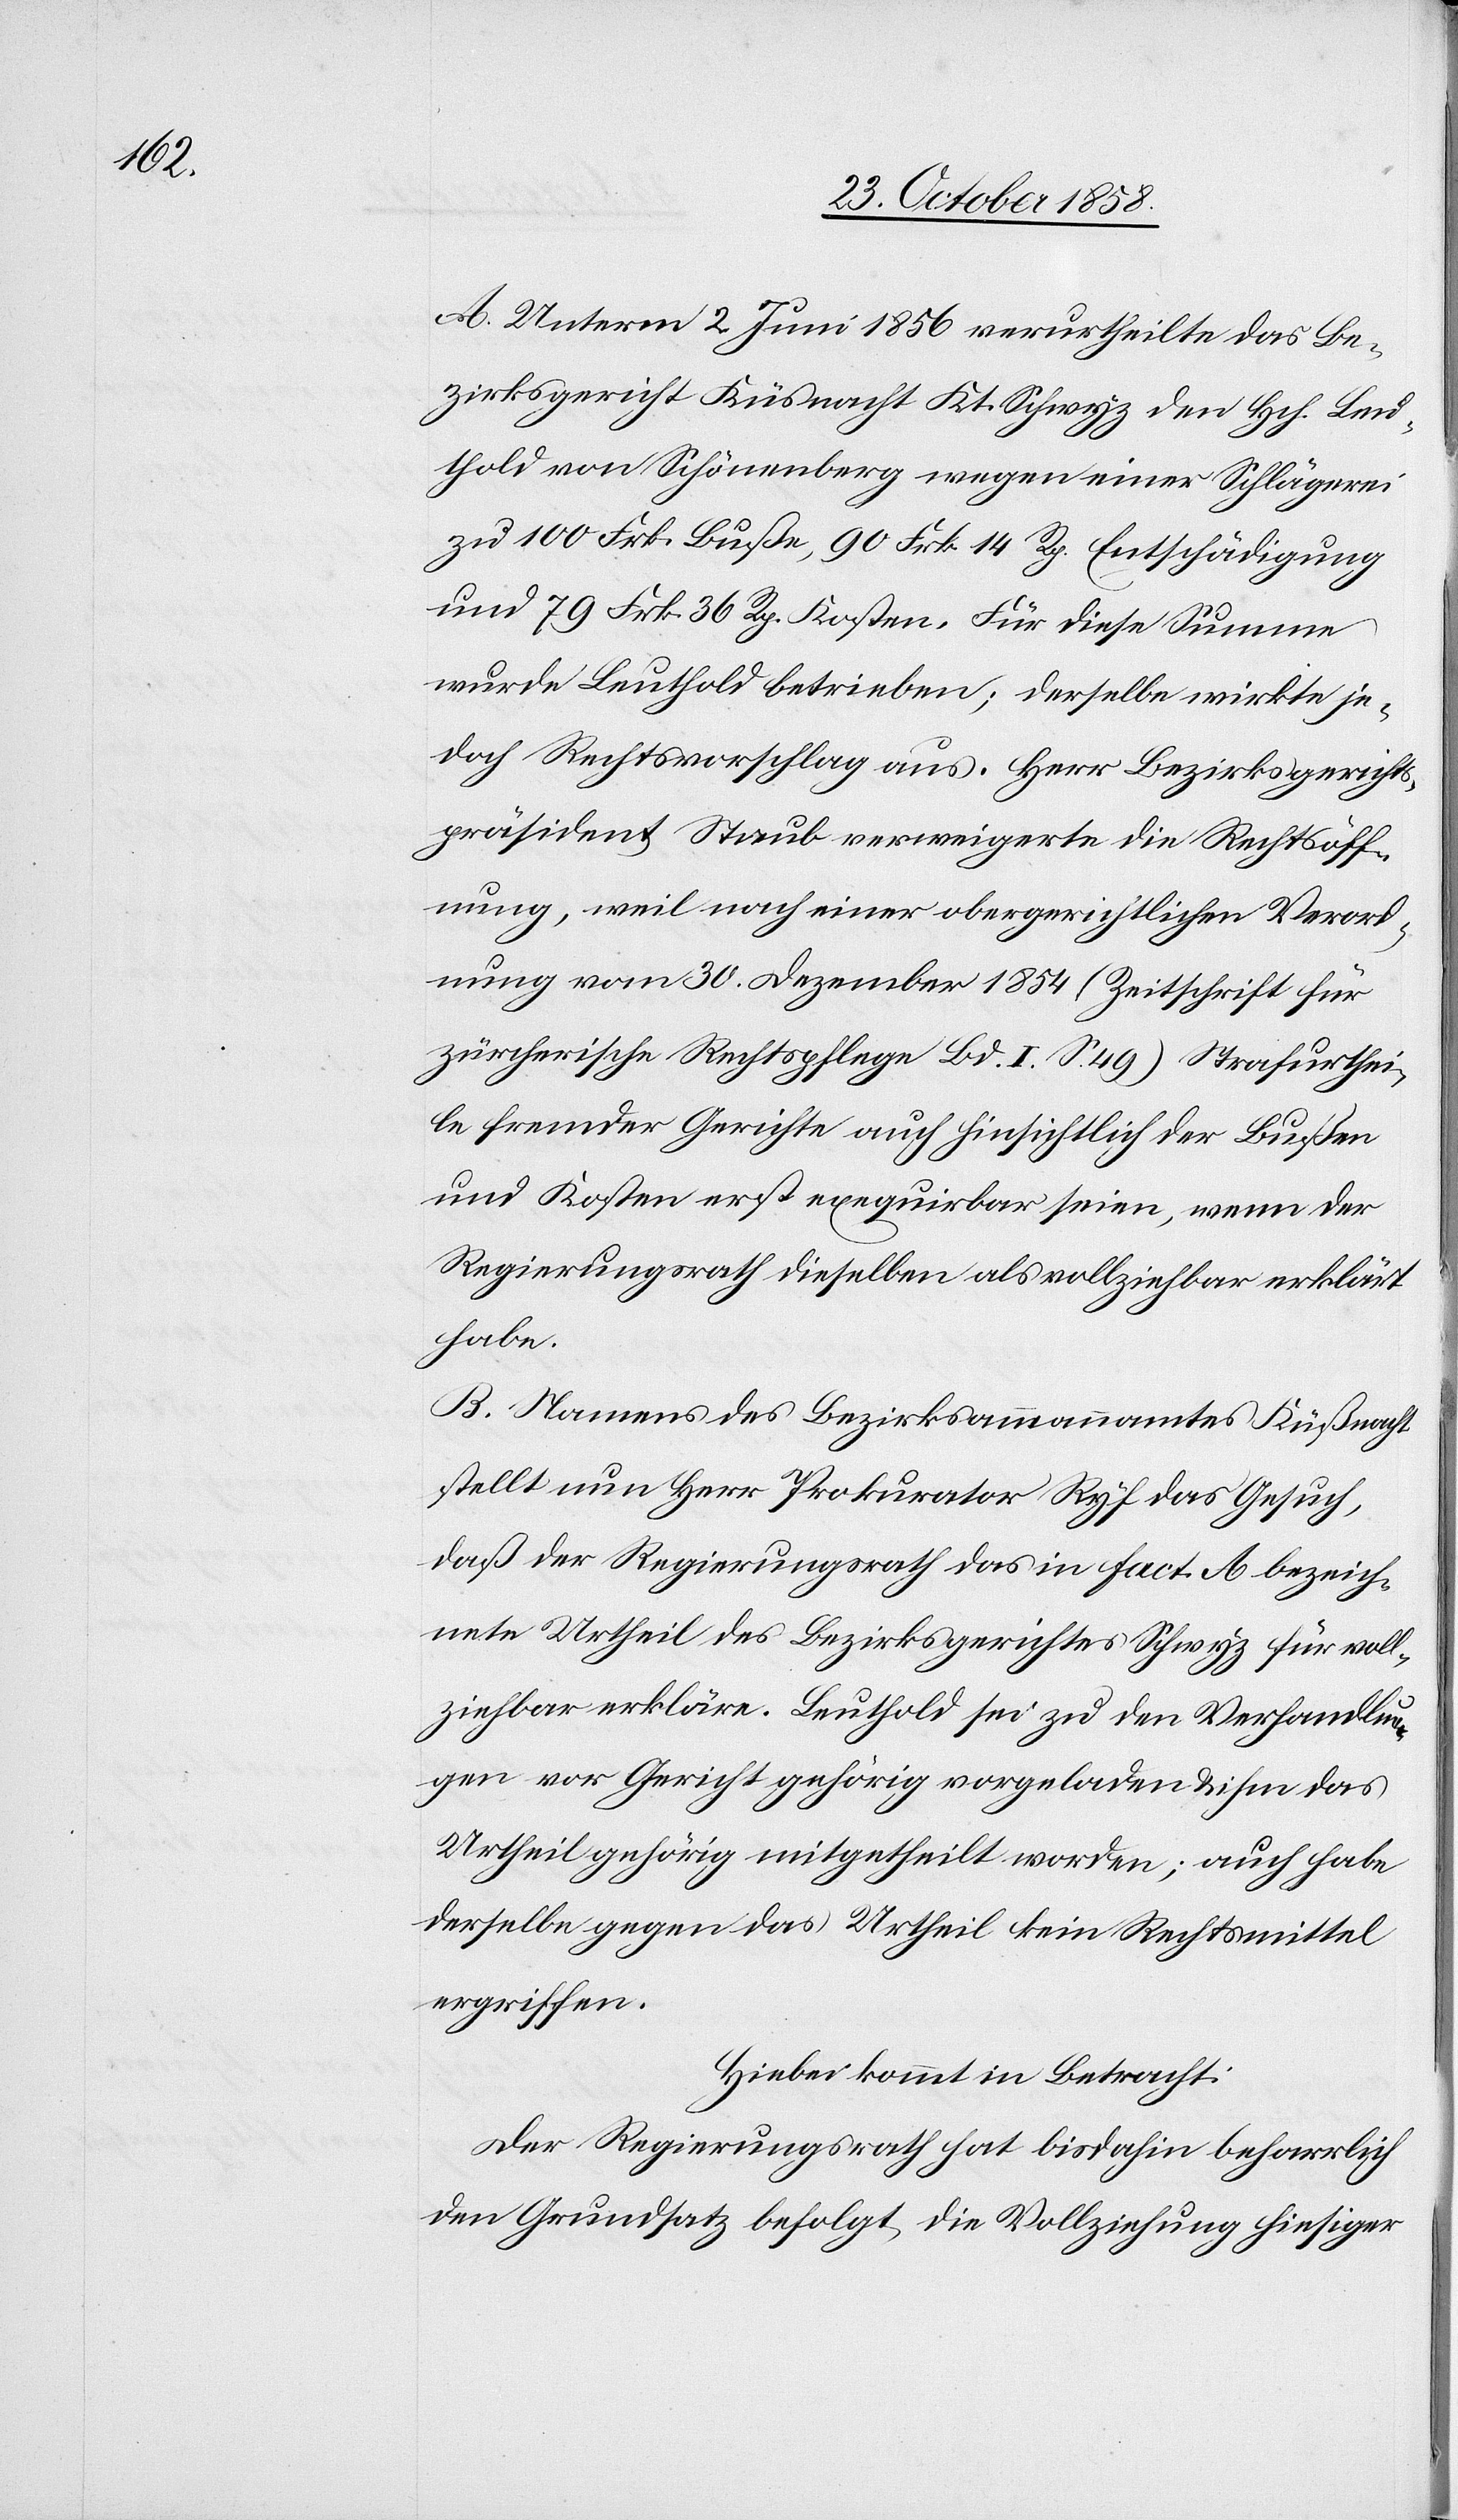
A. Unterm 2. Juni 1856 verurtheilte das Be¬
zirksgericht Küsnacht Kt. Schwyz den Hch. Leu¬
thold von Schönenberg wegen einer Schlägerei
zu 100 Frk. Buße, 90 Frk. 14 Rp. Entschädigung
und 79 Frk. 36 Rp. Kosten. Für diese Summe
wurde Leuthold betrieben; derselbe wirkte je¬
doch Rechtsvorschlag aus. Herr Bezirksgerichts¬
präsident Staub verweigerte die Rechtsöff¬
nung, weil nach einer obergerichtlichen Verord¬
nung vom 30. Dezember 1854 (Zeitschrift für
zürcherische Rechtspflege Bd. I. S. 49) Strafurthei¬
le fremder Gerichte auch hinsichtlich der Bußen
und Kosten erst exequirbar seien, wenn der
Regierungsrath dieselben als vollziehbar erklärt
habe.
B. Namens des Bezirksammannamtes Küßnacht
stellt nun Herr Prokurator Ryf das Gesuch,
daß der Regierungsrath das in Fact. A bezeich¬
nete Urtheil des Bezirksgerichtes Schwyz für voll¬
ziehbar erkläre. Leuthold sei zu den Verhandlun¬
gen vor Gericht gehörig vorgeladen & ihm das
Urtheil gehörig mitgetheilt worden; auch habe
derselbe gegen das Urtheil kein Rechtsmittel
ergriffen.
Hiebei kommt in Betracht:
Der Regierungsrath hat bisdahin beharrlich
den Grundsatz befolgt, die Vollziehung hiesiger